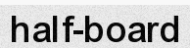
half-board